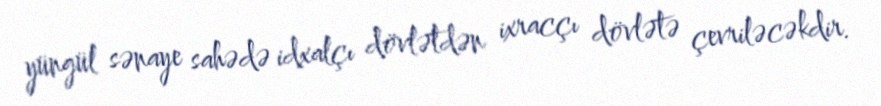
yüngül sənaye sahədə idxalçı dövlətdən ixracçı dövlətə çevriləcəkdir.